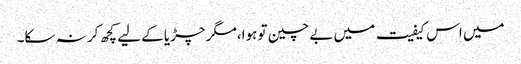
میں اس کیفیت میں بے چین تو ہوا،مگر چڑیا کے لیے کچھ کر نہ سکا۔